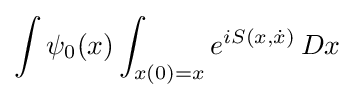
\int \psi _{0}(x)\int _{x(0)=x}e^{iS(x,{\dot {x}})}\,Dx